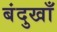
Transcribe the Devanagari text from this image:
बंदुखाँ